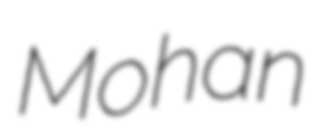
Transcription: Mohan